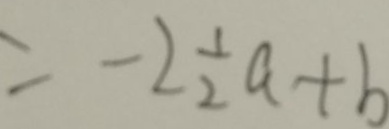
= - 2 \frac { 1 } { 2 } a + b